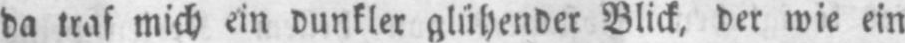
da traf mich ein dunkler glühender Blick, der wie ein